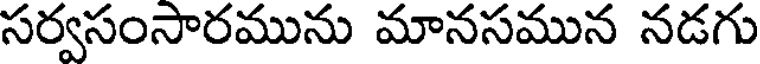
సర్వసంసారమును మానసమున నడగు